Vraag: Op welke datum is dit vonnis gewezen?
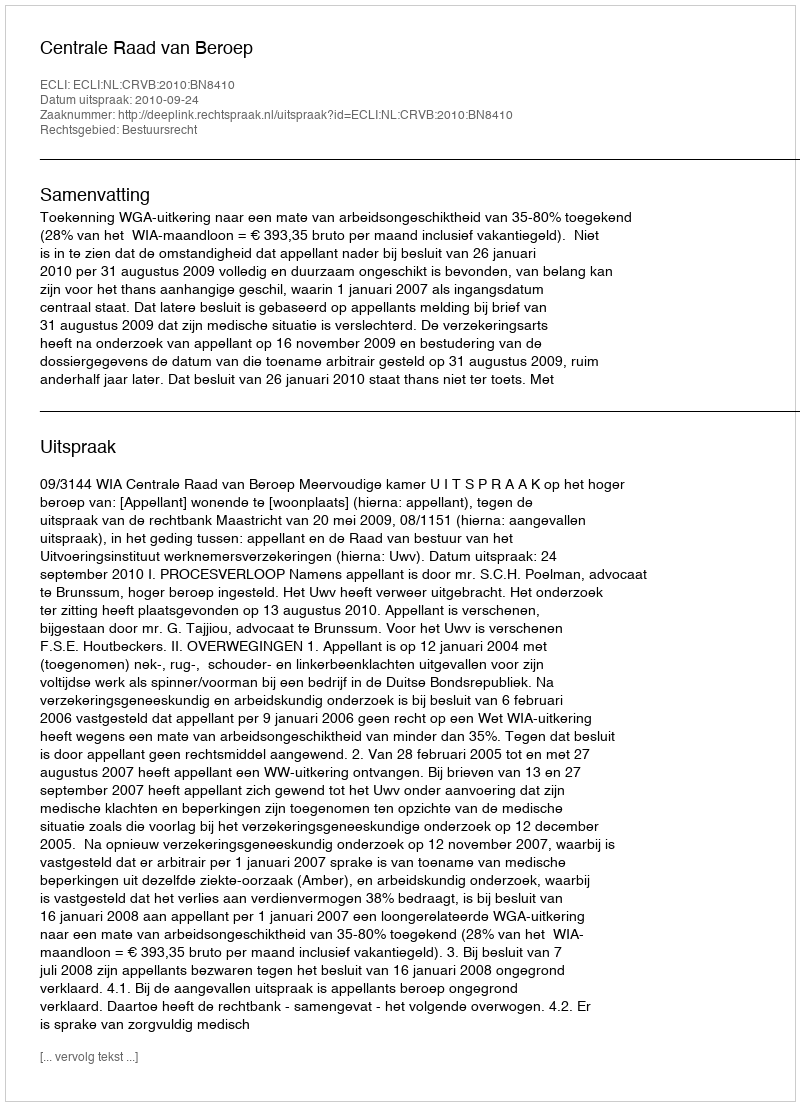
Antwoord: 2010-09-24